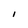
Character: l